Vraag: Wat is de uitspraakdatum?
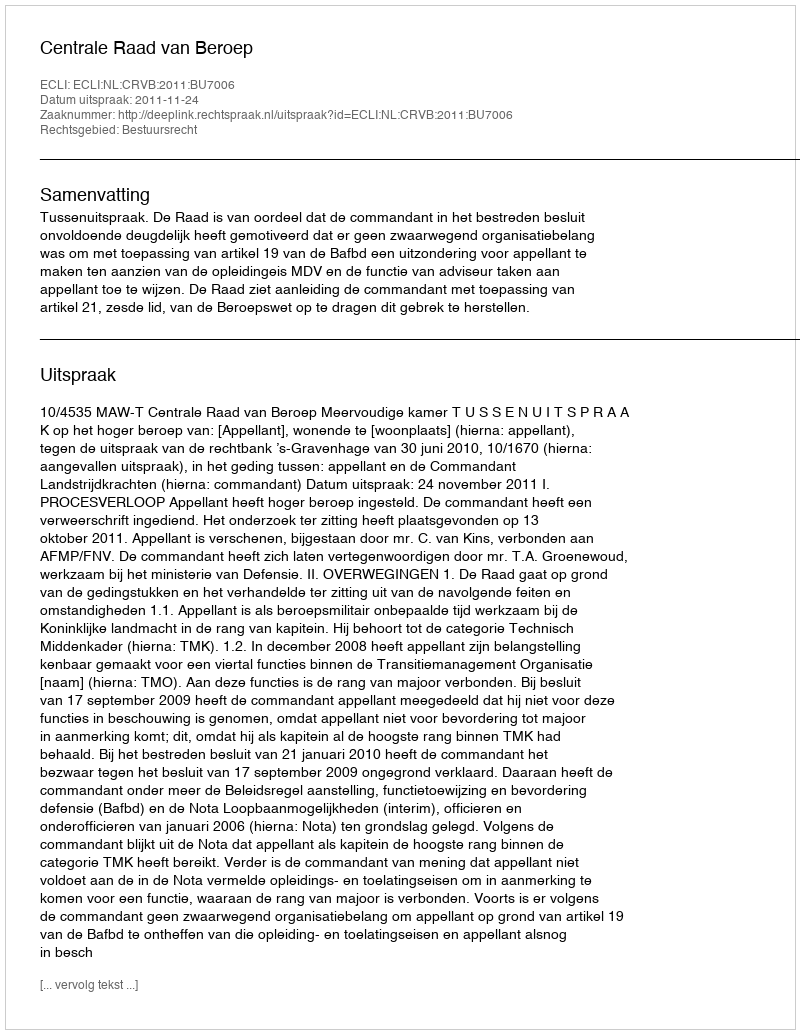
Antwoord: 2011-11-24